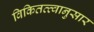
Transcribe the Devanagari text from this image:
विकितत्त्वानुसार